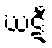
ဃဋီ